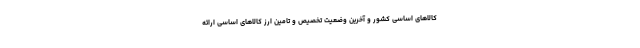
کالاهای اساسی کشور و آخرین وضعیت تخصیص و تامین ارز کالاهای اساسی ارائه